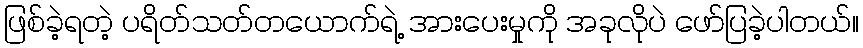
ဖြစ်ခဲ့ရတဲ့ ပရိတ်သတ်တယောက်ရဲ့ အားပေးမှုကို အခုလိုပဲ ဖော်ပြခဲ့ပါတယ်။